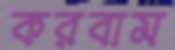
করবাম